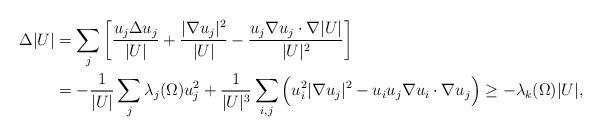
LaTeX: \begin{align*}\Delta |U|&=\sum_j \left[\frac{u_j\Delta u_j}{|U|}+\frac{|\nabla u_j|^2}{|U|}-\frac{u_j\nabla u_j\cdot\nabla|U|}{|U|^2}\right]\\& =-\frac{1}{|U|}\sum_j\lambda_j(\Omega) u_j^2+\frac1{|U|^3}\sum_{i,j} \Big(u_i^2 |\nabla u_j|^2-u_iu_j\nabla u_i\cdot\nabla u_j\Big)\ge -\lambda_k(\Omega)|U|,\end{align*}